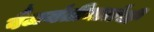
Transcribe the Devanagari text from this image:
वैजयंतीमालेची